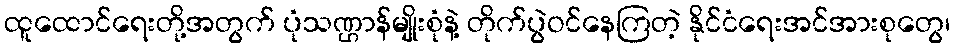
ထူထောင်ရေးတို့အတွက် ပုံသဏ္ဌာန်မျိုးစုံနဲ့ တိုက်ပွဲဝင်နေကြတဲ့ နိုင်ငံရေးအင်အားစုတွေ၊